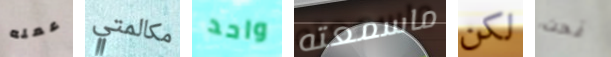
عمله مكالمتي واحد ماسمعته لكن نحت